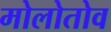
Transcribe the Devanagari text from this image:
मोलोतोव